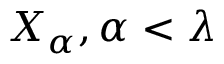
X _ { \alpha } , \alpha < \lambda